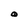
Character: O